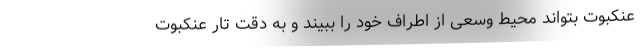
عنکبوت بتواند محیط وسعی از اطراف خود را ببیند و به دقت تار عنکبوت